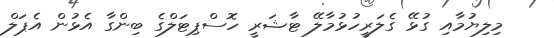
މިލިޔުމާއި ގުޅޭ ގެލަރީހުޅުމާލޭ ޓާޝަރީ ހޮސްޕިޓަލްގެ ބިންގާ އެޅުން އެޕަލް